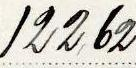
122,62